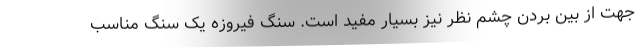
جهت از بین بردن چشم نظر نیز بسیار مفید است. سنگ فیروزه یک سنگ مناسب